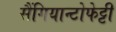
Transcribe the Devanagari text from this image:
सैंगियान्टोफेट्टी